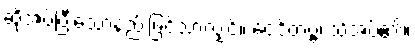
ဆိုအပ်ပြီးသောနည်းဖြင့်သာလျှင်။ ဝေဒိတဗ္ဗံ၊ သိအပ်၏။